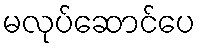
မလုပ်ဆောင်ပေ